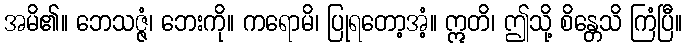
အမိ၏။ ဘေသဇ္ဇံ၊ ဘေးကို။ ကရောမိ၊ ပြုရတော့အံ့။ ဣတိ၊ ဤသို့ စိန္တေသိ ကြံပြီ။